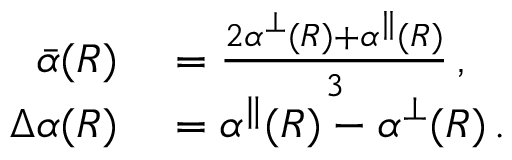
\begin{array} { r l } { \bar { \alpha } ( R ) } & { { } = \frac { 2 \alpha ^ { \perp } ( R ) + \alpha ^ { \parallel } ( R ) } { 3 } \, , } \\ { \Delta \alpha ( R ) } & { { } = \alpha ^ { \parallel } ( R ) - \alpha ^ { \perp } ( R ) \, . } \end{array}